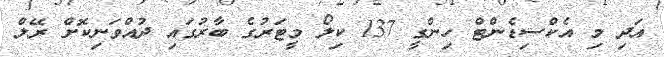
އަދި މި އެކްސިޑެންޓް ހިންގީ 137 ކިލޯ މީޓަރުގެ ބާރުގައި ދުއްވަނިކޮށް ރޭލް